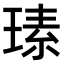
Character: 𤧉